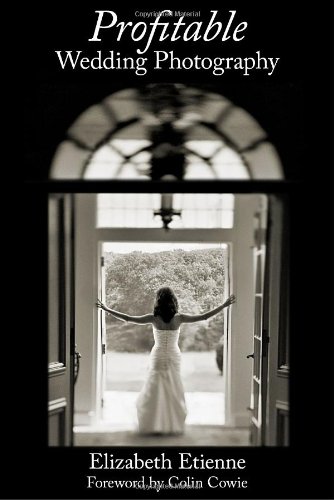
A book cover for Profitable Wedding Photography; Elizabeth Etienne; Crafts, Hobbies & Home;